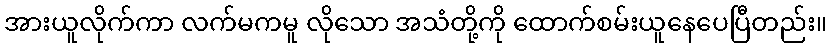
အားယူလိုက်ကာ လက်မကမူ လိုသော အသံတို့ကို ထောက်စမ်းယူနေပေပြီတည်း။